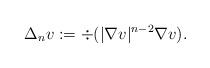
LaTeX: \begin{align*}\Delta_n v := \div(|\nabla v|^{n-2} \nabla v).\end{align*}